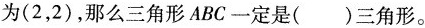
为(2，2)，那么三角形ABC一定是( )三角形。